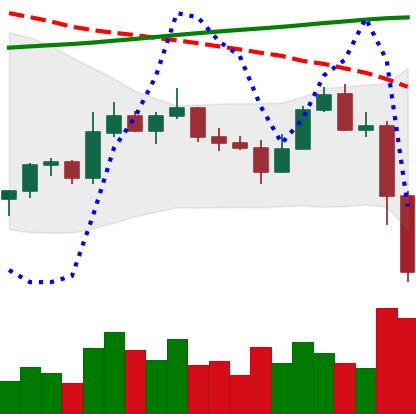
Ticker: ETC-USD
Chart end date: 2022-11-09
Forward return: 11.129%
Label: up_7plus